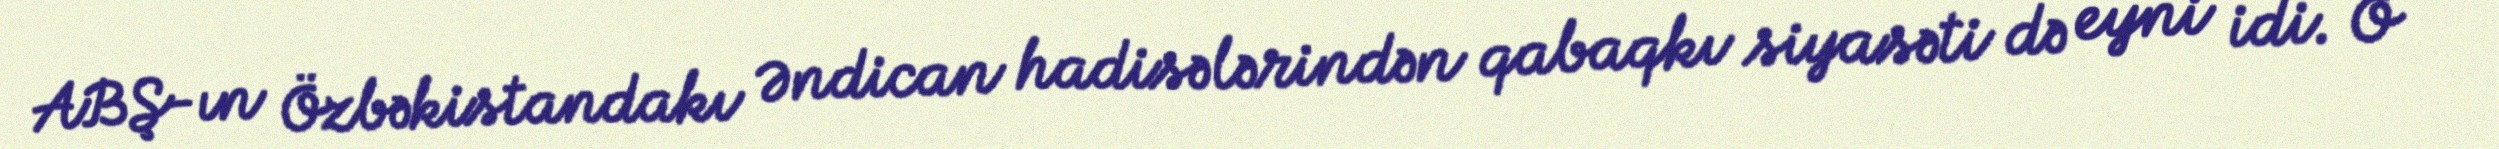
ABŞ-ın Özbəkistandakı Əndican hadisələrindən qabaqkı siyasəti də eyni idi. O